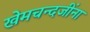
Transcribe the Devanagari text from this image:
खेमचन्दजींना